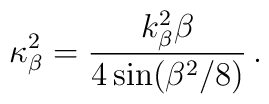
\kappa_{\beta}^{2}=\frac{k_{\beta}^{2}\beta}{4\sin (\beta^{2}/8)}\,.